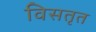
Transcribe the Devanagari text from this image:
विसतृत